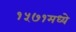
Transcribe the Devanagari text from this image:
१५७१मध्ये